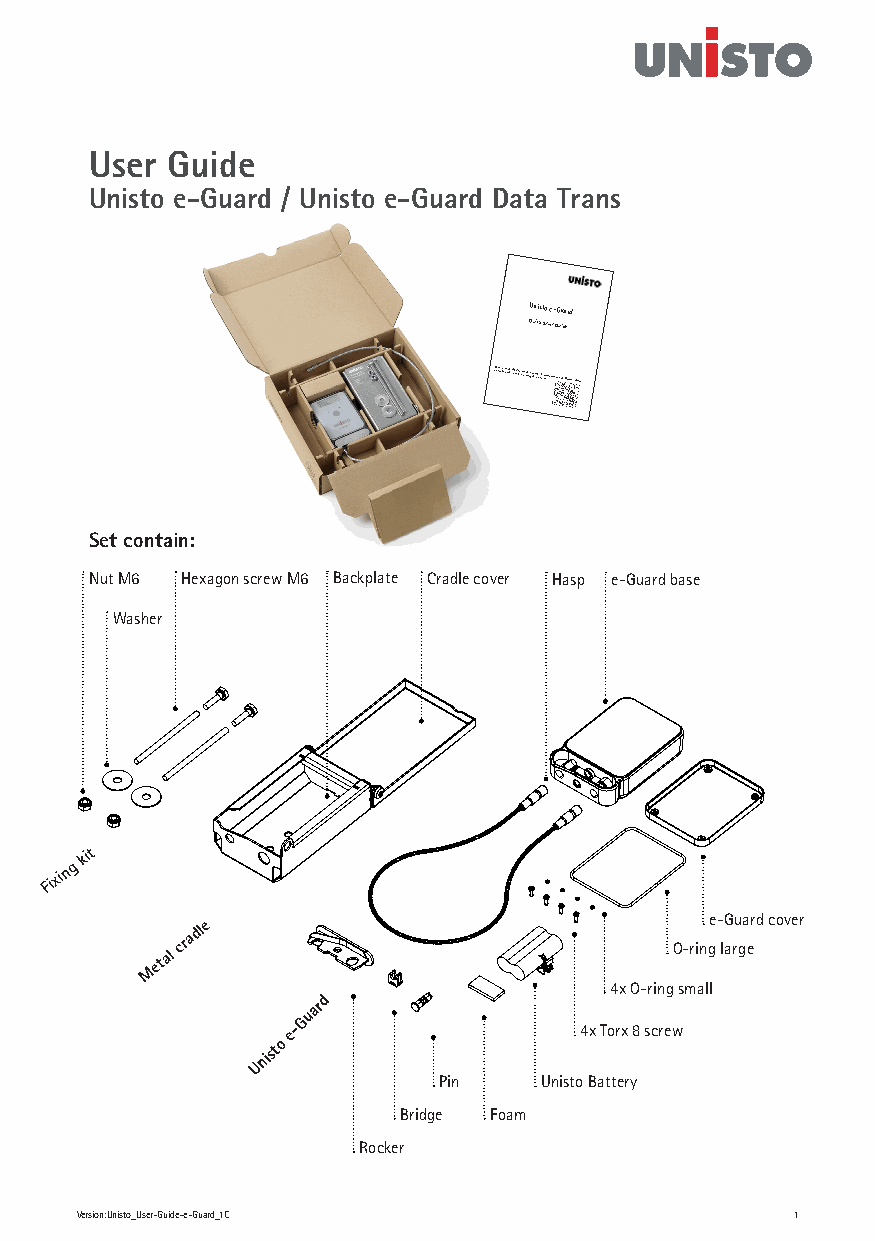
User Guide
 Unisto e-Guard / Unisto e-Guard Data Trans
 Unisto e-Guard
 Quick Start Guide
 wwCwH.uS-9neUe3iss2n tt6oirsa .t Hcso oso e mA r n7G mPlaenausea ls mcauns tt hbee QreRa dC obdeef ofroer uthsien gm tahneu aplr.o Tdhuec tin!structions on the Unisto e-Guard
 22092021/Art. 1077060
 Set contain:
 Nut M6 Hexagon screw M6 Backplate Cradle cover Hasp e-Guard base
 Washer
 Fixing
 kit
 Metal
 cradle                           O-ringe - lG aru ga erd cover
 4x O-ring small
 Guard
 Unisto
 e-                 4x Torx 8 screw
 Pin    Unisto Battery
 Bridge Foam
 Rocker
 Version:Unisto_User-Guide-e-Guard_1C           1